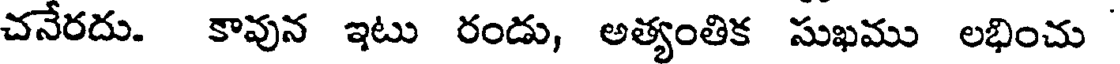
చనేరదు. కావున ఇటు రండు, అత్యంతిక సుఖము లభించు